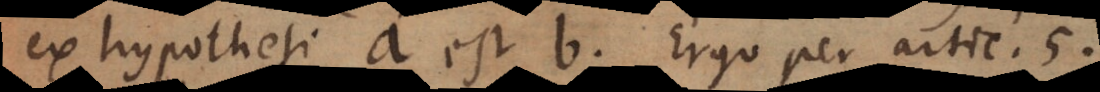
ex hypothesi a est b. Ergo per artic. 5